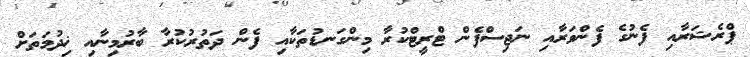
ޕްރެޝަރާއި ފެނުގެ ފެންވަރާއި ނަޖިސްފެން ޓްރީޓްކުރާ މިންގަނޑުތަކާއި ފެން ދަތުރުކުރާ ބާރުމިނާއި ޚިދުމަތަށް